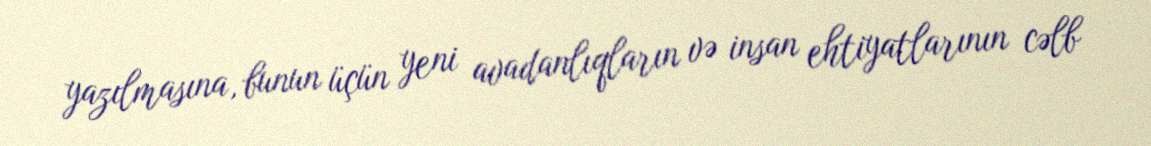
yazılmasına, bunun üçün yeni avadanlıqların və insan ehtiyatlarının cəlb